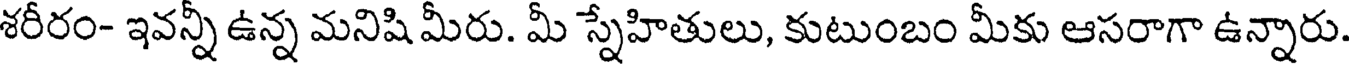
శరీరం- ఇవన్నీ ఉన్న మనిషి మీరు. మీ స్నేహితులు, కుటుంబం మీకు ఆసరాగా ఉన్నారు